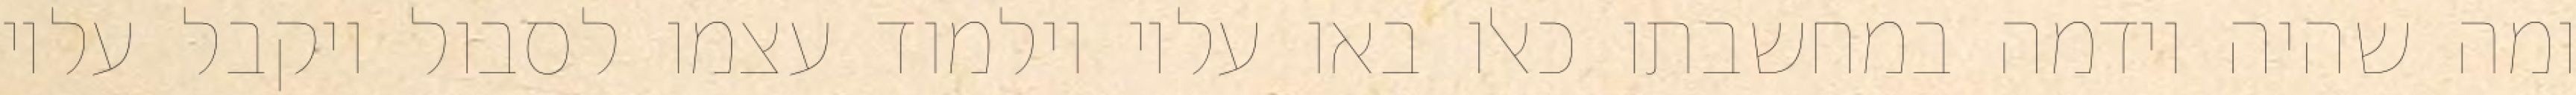
ומה שהיה וידמה במחשבתו כאלו באו עליו וילמוד עצמו לסבול ויקבל עליו